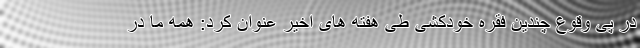
در پی وقوع چندین فقره خودکشی طی هفته های اخیر عنوان کرد: همه ما در